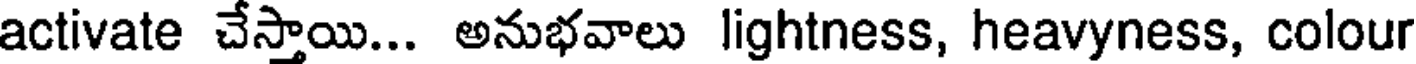
activate చేస్తాయి... అనుభవాలు lightness, heavyness, colour